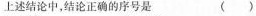
上述结论中，结论正确的序号是 ()